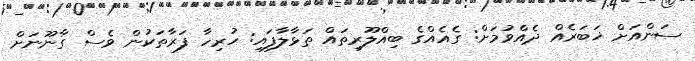
ސަންއަށް ޚަބަރެއް ދެއްވުމަށް: ގެއެއްގެ ބިއްލޫރިތައް ތަޅާލާފައި: ހުރިހާ ފަރާތަކުން ވެސް ގާނޫނަށް